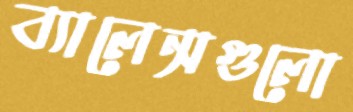
ব্যালেন্সগুলো